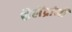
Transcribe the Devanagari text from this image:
शैलेंद्रांनी